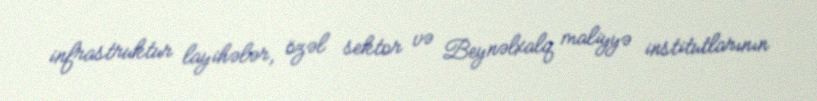
infrastruktur layihələr, özəl sektor və Beynəlxalq maliyyə institutlarının